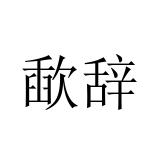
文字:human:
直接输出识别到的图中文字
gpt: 歃辞